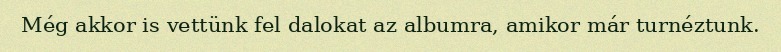
Még akkor is vettünk fel dalokat az albumra, amikor már turnéztunk.